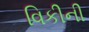
વિકીની